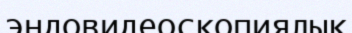
эндовидеоскопиялық